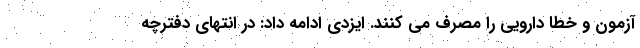
آزمون و خطا دارویی را مصرف می کنند. ایزدی ادامه داد: در انتهای دفترچه